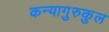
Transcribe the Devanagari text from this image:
कन्यागुरुकुल